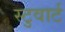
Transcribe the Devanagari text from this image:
स्टुवार्ट